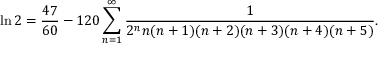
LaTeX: \ln 2 = { \frac { 4 7 } { 6 0 } } - 1 2 0 \sum _ { n = 1 } ^ { \infty } { \frac { 1 } { 2 ^ { n } n ( n + 1 ) ( n + 2 ) ( n + 3 ) ( n + 4 ) ( n + 5 ) } } .